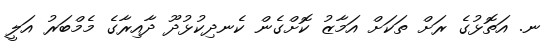
ނ. އަތޮޅުގެ ރަށް ތަކަށް އަމާޒު ކޮށްގެން ކެނދިކުޅުދޫ ދާއިރާގެ މެމްބަރު އަލީ